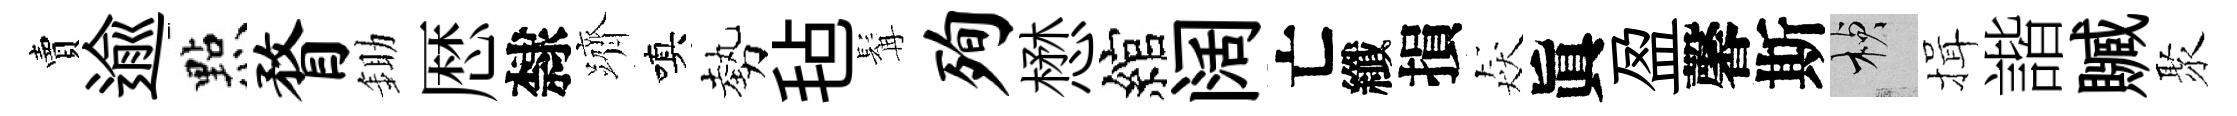
賣逾㸃瞀鋤厯隸躋嗔勢毡髯殉懋綰阔亡纖損猋眞盈馨斯楨揖諧贓聚